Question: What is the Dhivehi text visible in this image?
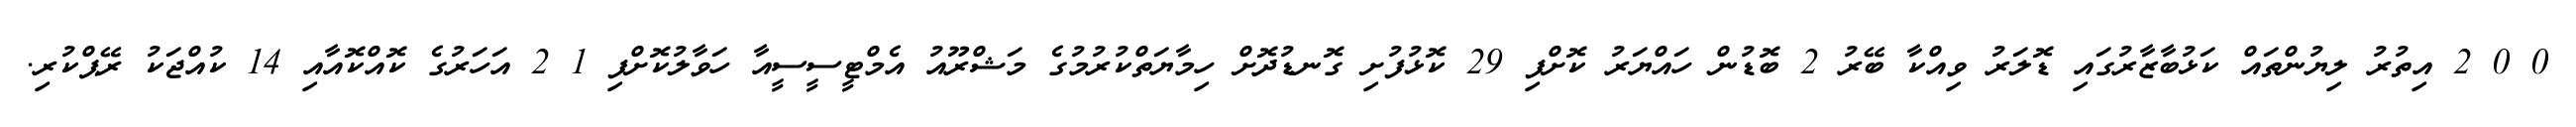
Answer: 0 0 2 އިތުރު ލިޔުންތައް ކަޅުބާޒާރުގައި ޑޮލަރު ވިއްކާ ބޭރު 2 ބޮޑުން ހައްޔަރު ކޮށްފި 29 ކޮޅުފުށި ގޮނޑުދޮށް ހިމާޔަތްކުރުމުގެ މަޝްރޫއު އެމްޓީސީސީއާ ހަވާލުކޮށްފި 1 2 އަހަރުގެ ކޮއްކޮއާއި 14 ކުއްޖަކު ރޭޕްކުރި.